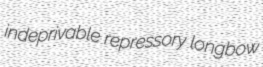
indeprivable repressory longbow